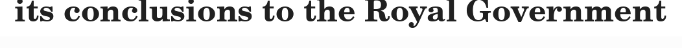
its conclusions to the Royal Government